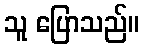
သူ ပြောသည်။